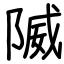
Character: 隇